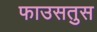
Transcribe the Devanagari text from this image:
फाउसतुस